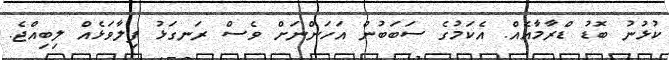
ކުޅުނު ބޮޑު ޑްރާމާއެއް. އެކަމުގެ ސަބަބުން އަހަންނަށް ވެސް ރަނގަޅު ފިލާވަޅެއް ލިބިއްޖެ.